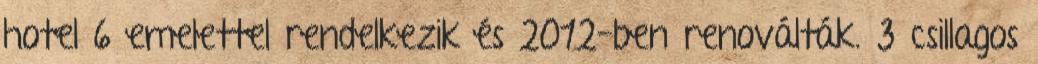
hotel 6 emelettel rendelkezik és 2012-ben renoválták. 3 csillagos